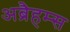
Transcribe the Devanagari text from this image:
अब्रैहम्स